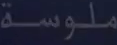
ملوسة